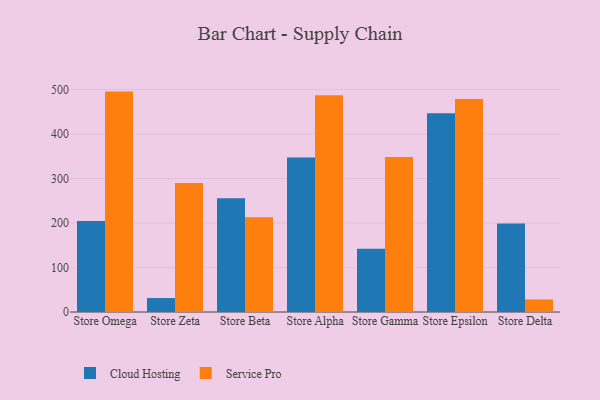
{"axis": {"x": "Store", "y": "Active Users"}, "legend": ["Cloud Hosting", "Service Pro"], "data": [{"x": "Store Omega", "y": 204.3, "type": "Cloud Hosting"}, {"x": "Store Omega", "y": 495.1, "type": "Service Pro"}, {"x": "Store Zeta", "y": 31.3, "type": "Cloud Hosting"}, {"x": "Store Zeta", "y": 289.8, "type": "Service Pro"}, {"x": "Store Beta", "y": 255.4, "type": "Cloud Hosting"}, {"x": "Store Beta", "y": 212.9, "type": "Service Pro"}, {"x": "Store Alpha", "y": 347.2, "type": "Cloud Hosting"}, {"x": "Store Alpha", "y": 486.8, "type": "Service Pro"}, {"x": "Store Gamma", "y": 142.0, "type": "Cloud Hosting"}, {"x": "Store Gamma", "y": 348.4, "type": "Service Pro"}, {"x": "Store Epsilon", "y": 446.3, "type": "Cloud Hosting"}, {"x": "Store Epsilon", "y": 478.4, "type": "Service Pro"}, {"x": "Store Delta", "y": 199.0, "type": "Cloud Hosting"}, {"x": "Store Delta", "y": 28.2, "type": "Service Pro"}]}